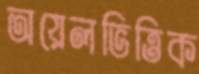
অয়েলভিত্তিক